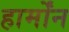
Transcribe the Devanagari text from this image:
हार्मोंन